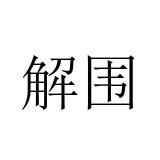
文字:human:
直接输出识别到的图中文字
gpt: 解围